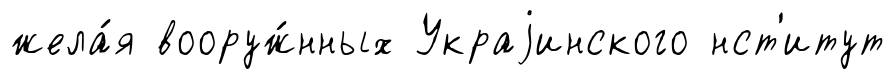
жела́я вооруж́нных Украjинского нст'итут